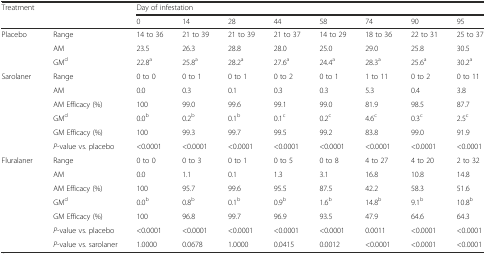
<table><thead><tr><td rowspan="2"><b>Treatment</b></td><td></td><td colspan="8"><b>Day of infestation</b></td></tr><tr><td></td><td><b>0</b></td><td><b>14</b></td><td><b>28</b></td><td><b>44</b></td><td><b>58</b></td><td><b>74</b></td><td><b>90</b></td><td><b>95</b></td></tr></thead><tbody><tr><td rowspan="3">Placebo</td><td>Range</td><td>14 to 36</td><td>21 to 39</td><td>21 to 39</td><td>21 to 37</td><td>14 to 29</td><td>18 to 36</td><td>22 to 31</td><td>25 to 37</td></tr><tr><td>AM</td><td>23.5</td><td>26.3</td><td>28.8</td><td>28.0</td><td>25.0</td><td>29.0</td><td>25.8</td><td>30.5</td></tr><tr><td>GM<sup>d</sup></td><td>22.8<sup>a</sup></td><td>25.8<sup>a</sup></td><td>28.2<sup>a</sup></td><td>27.6<sup>a</sup></td><td>24.4<sup>a</sup></td><td>28.3<sup>a</sup></td><td>25.6<sup>a</sup></td><td>30.2<sup>a</sup></td></tr><tr><td rowspan="6">Sarolaner</td><td>Range</td><td>0 to 0</td><td>0 to 1</td><td>0 to 1</td><td>0 to 2</td><td>0 to 1</td><td>1 to 11</td><td>0 to 2</td><td>0 to 11</td></tr><tr><td>AM</td><td>0.0</td><td>0.3</td><td>0.1</td><td>0.3</td><td>0.3</td><td>5.3</td><td>0.4</td><td>3.8</td></tr><tr><td>AM Efficacy (%)</td><td>100</td><td>99.0</td><td>99.6</td><td>99.1</td><td>99.0</td><td>81.9</td><td>98.5</td><td>87.7</td></tr><tr><td>GM<sup>d</sup></td><td>0.0<sup>b</sup></td><td>0.2<sup>b</sup></td><td>0.1<sup>b</sup></td><td>0.1<sup>c</sup></td><td>0.2<sup>c</sup></td><td>4.6<sup>c</sup></td><td>0.3<sup>c</sup></td><td>2.5<sup>c</sup></td></tr><tr><td>GM Efficacy (%)</td><td>100</td><td>99.3</td><td>99.7</td><td>99.5</td><td>99.2</td><td>83.8</td><td>99.0</td><td>91.9</td></tr><tr><td><i>P</i>-value vs. placebo</td><td>&lt;0.0001</td><td>&lt;0.0001</td><td>&lt;0.0001</td><td>&lt;0.0001</td><td>&lt;0.0001</td><td>&lt;0.0001</td><td>&lt;0.0001</td><td>&lt;0.0001</td></tr><tr><td rowspan="7">Fluralaner</td><td>Range</td><td>0 to 0</td><td>0 to 3</td><td>0 to 1</td><td>0 to 5</td><td>0 to 8</td><td>4 to 27</td><td>4 to 20</td><td>2 to 32</td></tr><tr><td>AM</td><td>0.0</td><td>1.1</td><td>0.1</td><td>1.3</td><td>3.1</td><td>16.8</td><td>10.8</td><td>14.8</td></tr><tr><td>AM Efficacy (%)</td><td>100</td><td>95.7</td><td>99.6</td><td>95.5</td><td>87.5</td><td>42.2</td><td>58.3</td><td>51.6</td></tr><tr><td>GM<sup>d</sup></td><td>0.0<sup>b</sup></td><td>0.8<sup>b</sup></td><td>0.1<sup>b</sup></td><td>0.9<sup>b</sup></td><td>1.6<sup>b</sup></td><td>14.8<sup>b</sup></td><td>9.1<sup>b</sup></td><td>10.8<sup>b</sup></td></tr><tr><td>GM Efficacy (%)</td><td>100</td><td>96.8</td><td>99.7</td><td>96.9</td><td>93.5</td><td>47.9</td><td>64.6</td><td>64.3</td></tr><tr><td><i>P</i>-value vs. placebo</td><td>&lt;0.0001</td><td>&lt;0.0001</td><td>&lt;0.0001</td><td>&lt;0.0001</td><td>&lt;0.0001</td><td>0.0011</td><td>&lt;0.0001</td><td>&lt;0.0001</td></tr><tr><td><i>P</i>-value vs. sarolaner</td><td>1.0000</td><td>0.0678</td><td>1.0000</td><td>0.0415</td><td>0.0012</td><td>&lt;0.0001</td><td>&lt;0.0001</td><td>&lt;0.0001</td></tr></tbody></table>